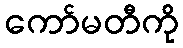
ကော်မတီကို